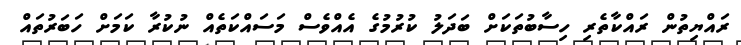
ރައްޔިތުން ރައްކާތެރި ހިސާބުތަކަށް ބަދަލު ކުރުމުގެ އެއްވެސް މަސައްކަތެއް ނުކުރާ ކަމަށް ހަބަރުތައް